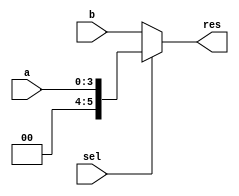
module mux2x1 (a,b,sel,res);

input wire [3:0] a;
input wire [5:0] b;
input wire sel;
reg [5:0] out;
output wire [5:0] res;

always @ (*) begin
    if (sel)
        out = a; //logical
    else
        out = b; //arithmetic
end

assign res = out;

endmodule